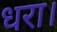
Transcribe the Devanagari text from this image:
धरा।